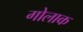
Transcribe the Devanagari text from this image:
गोलाक